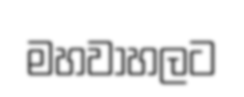
මහවාහලට